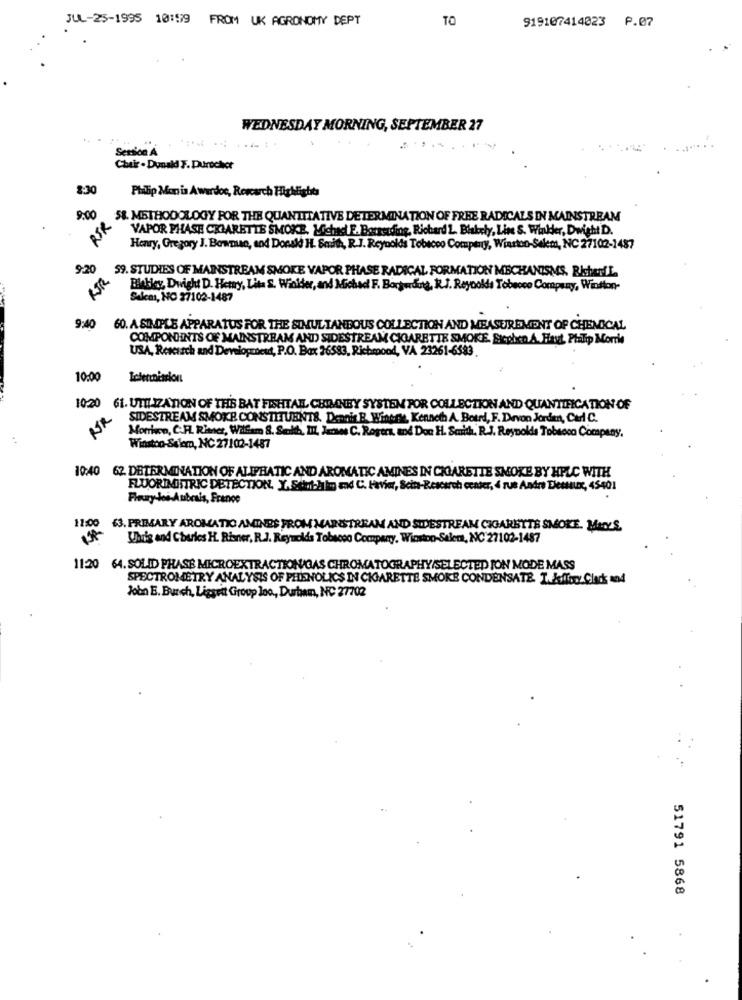
JUL-25-1995 10:59 FROM UK AGRONOMY DEPT
TO
919107414023 P.07
WEDNESDAY MORNING, SEPTEMBER 27
Session A
Chair . Donald F. Durocher
8:30
Philip Moris Awardos, Rescarch Highlights
9:00
58. METHODOLOGY FOR THE QUANTITATIVE DETERMINATION OF FREE RADICALS IN MAINSTREAM
BSR
VAPOR PHASE CKIARETTE SMOKE, Lichact E. Borrerding, Richard L. Blakely, Line S. Winkder, Dwight D.
Henry, Gregory J. Bownuso, and Donald H. Smith, R.J. Reynolds Tobacco Company, Winston-Salem, NC 27102-1487
9:20
59. STUDIES OF MAINSTREAM SMOKE VAPOR PHASE RADICAL FORMATION MECHANISMS. RisterIL.
Blebley, Dwight D. Hetny, Lita S. Wiolder, and Michad F. Borwrong, R.J. Reynolds Tobacco Company, Winston-
Salcas, NO 27102-1487
9:40
60. A SIMPLE APPARATUS FOR THE SIMULTANEOUS COLLECTION AND MEASUREMENT OF CHEMICAL
COMPONHINTS OF MAINSTREAM AND SIDESTREAM CIGARETTE SMOKE. Stephen A. Haut, Philip Morris
USA, Research and Development, P.O. Box 36583, Richmond, VA 23261-6383.
10:00
Intermission
1020 61. UTH IZATION OF THE BAT FISHTAIL, CHIMNEY SYSTEM POR COLLECTION AND QUANTIFICATION OF
RR
SIDESTREAM SMOKE CONSTITUENT&. Dennis B. Winenie, Kenneth A. Betrd, F. Devon Jorden, Curl C.
Morrison, C.F. Rimer, William 8. Selt, II, Jenwes C. Rogers, and Don H. Smith. R.J. Reynolds Tobacco Company,
Winston-Salem, NC 27102-1487
10:40 62. DETERMINATION OF ALIPHATIC AND AROMATIC AMINES IN CIARETTE SMOKE BY HPLC WITH
FLUORIMHSTRIC DETECTION. Y.Schuhkg and C. Havior, Scin-Research center, 4 rue Andre Diessur, 45401
Fleury-los-Aubrais, France
11:00 63. PRIMARY AROMATIC AMINES FROM MAINSTREAM AND SIDESTREAM CIGARETTE SMOKE. MIKS.
Whis and Charles H. Risner, R.J. Reynolds Tobacco Company, Winston-Salem, NC 27102-1487
11:20 64. SOLID PHASE MICROEXTRACTION/GAS CHROMATOGRAPHY/SELECTED JON MODE MASS
SPECTROMETRY ANALYSIS OF PHENOLICS IN CIGARETTE SMOKE CONDENSATE. T. killen Click and
John B. Burch, Liggeit Group loo, Durham, NC 27702
51791 5868